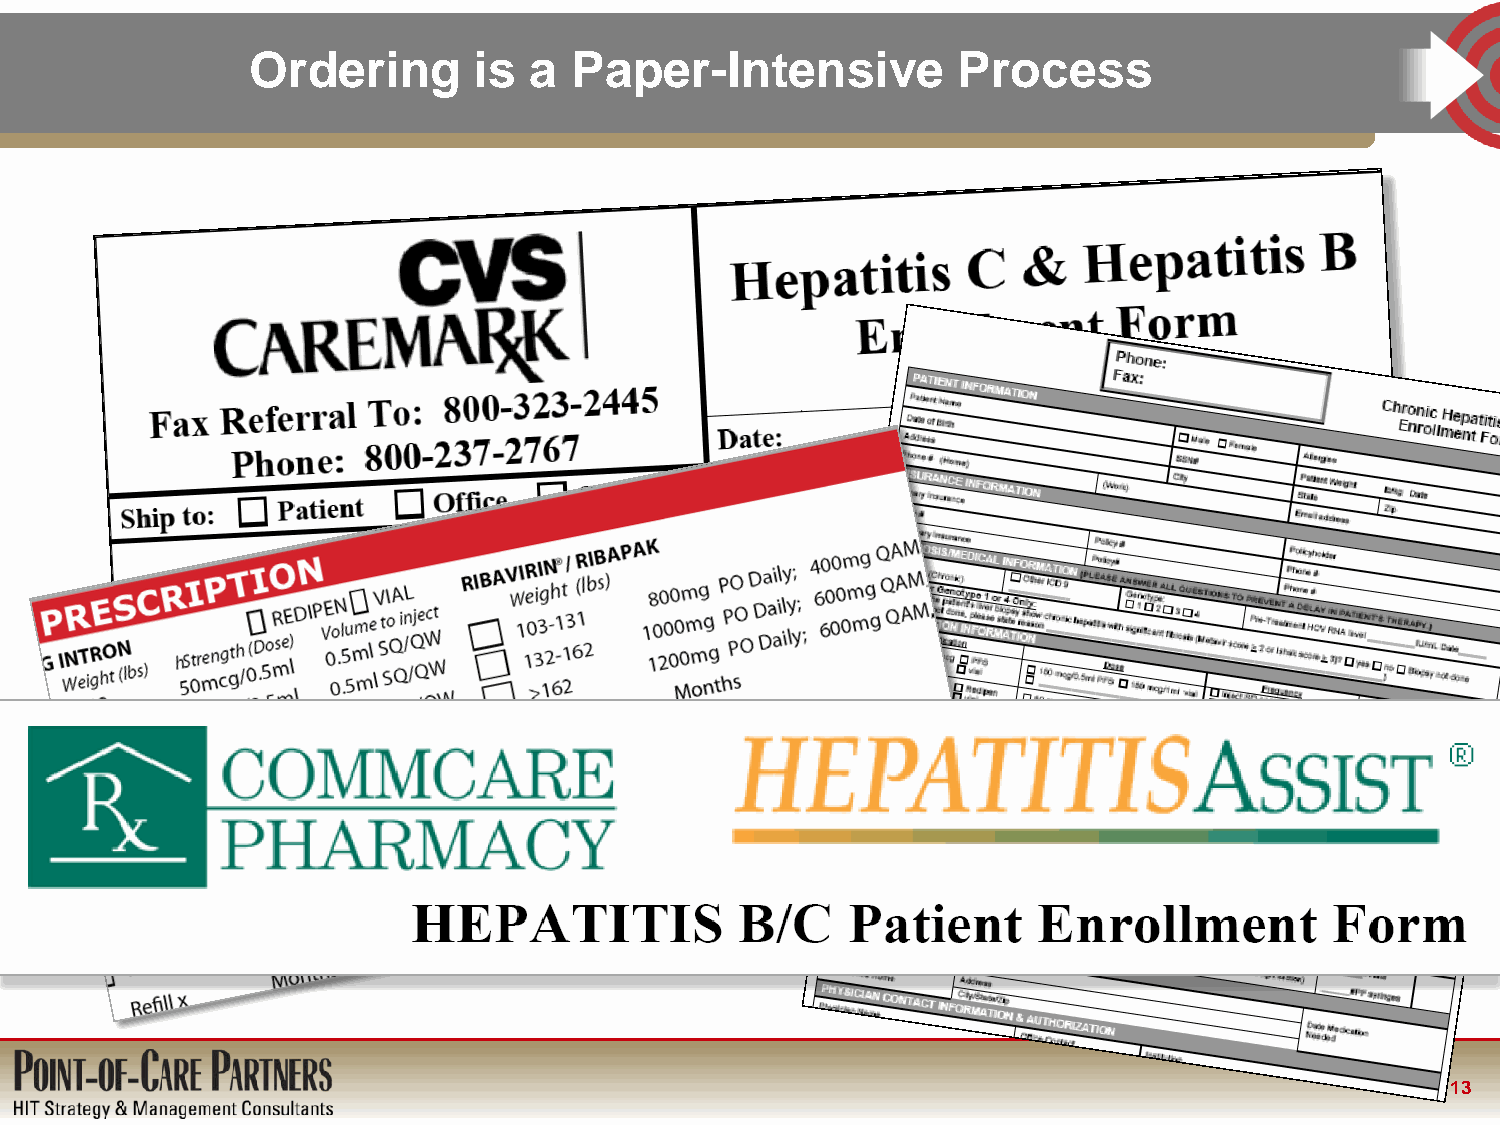
Ordering       is  a  Paper-Intensive          Process
 13